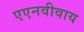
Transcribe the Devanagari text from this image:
एएनवीवाय